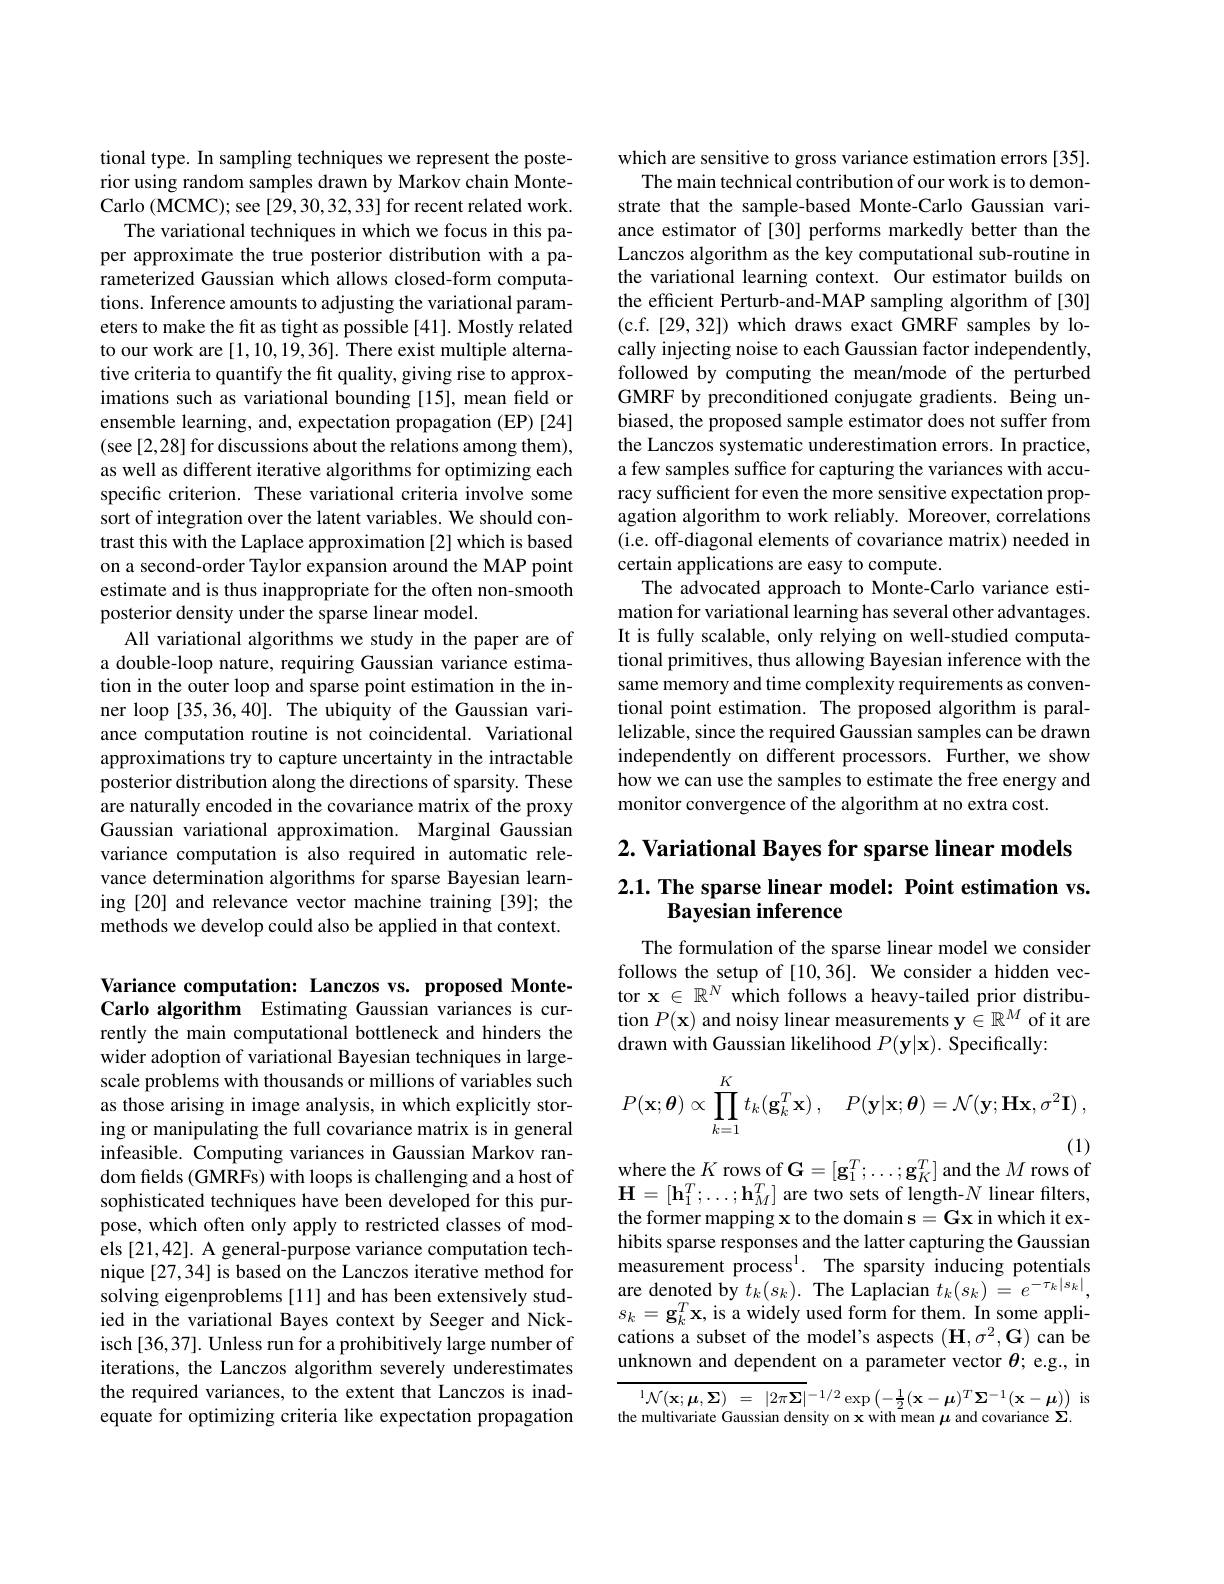
tional type. In sampling techniques we represent the posterior using random samples drawn by Markov chain MonteCarlo (MCMC); see [29,30,32,33] for recent related work.
The variational techniques in which we focus in this paper approximate the true posterior distribution with a parameterized Gaussian which allows closed-form computations. Inference amounts to adjusting the variational parameters to make the fit as tight as possible [41]. Mostly related to our work are [1,10,19,36]. There exist multiple alternative criteria to quantify the fit quality, giving rise to approximations such as variational bounding [15], mean field or ensemble learning, and, expectation propagation (EP)[24] (see [2,28] for discussions about the relations among them), as well as different iterative algorithms for optimizing each specific criterion. These variational criteria involve some sort of integration over the latent variables. We should contrast this with the Laplace approximation [2] which is based on a second-order Taylor expansion around the MAP point estimate and is thus inappropriate for the often non-smooth posterior density under the sparse linear model.
All variational algorithms we study in the paper are of a double-loop nature, requiring Gaussian variance estimation in the outer loop and sparse point estimation in the inner loop [35,36,40]. The ubiquity of the Gaussian variance computation routine is not coincidental. Variational approximations try to capture uncertainty in the intractable posterior distribution along the directions of sparsity. These are naturally encoded in the covariance matrix of the proxy Gaussian variational approximation. Marginal Gaussian variance computation is also required in automatic relevance determination algorithms for sparse Bayesian learning [20] and relevance vector machine training [39]; the methods we develop could also be applied in that context.

Variance computation: Lanczos vs. proposed MonteCarlo algorithm Estimating Gaussian variances is currently the main computational bottleneck and hinders the wider adoption of variational Bayesian techniques in largescale problems with thousands or millions of variables such as those arising in image analysis, in which explicitly storing or manipulating the full covariance matrix is in general infeasible. Computing variances in Gaussian Markov random fields (GMRFs) with loops is challenging and a host of sophisticated techniques have been developed for this purpose, which often only apply to restricted classes of models [21,42]. A general-purpose variance computation technique [27,34] is based on the Lanczos iterative method for solving eigenproblems [11] and has been extensively studied in the variational Bayes context by Seeger and Nickisch [36,37]. Unless run for a prohibitively large number of iterations, the Lanczos algorithm severely underestimates the required variances, to the extent that Lanczos is inadequate for optimizing criteria like expectation propagation

which are sensitive to gross variance estimation errors [35].
The main technical contribution of our work is to demonstrate that the sample-based Monte-Carlo Gaussian variance estimator of [30] performs markedly better than the Lanczos algorithm as the key computational sub-routine in the variational learning context. Our estimator builds on the efficient Perturb-and-MAP sampling algorithm of [30] (c.f.[29,32]) which draws exact GMRF samples by locally injecting noise to each Gaussian factor independently, followed by computing the mean/mode of the perturbed GMRF by preconditioned conjugate gradients. Being unbiased, the proposed sample estimator does not suffer from the Lanczos systematic underestimation errors. In practice, a few samples suffice for capturing the variances with accuracy sufficient for even the more sensitive expectation propagation algorithm to work reliably. Moreover, correlations (i.e. off-diagonal elements of covariance matrix) needed in certain applications are easy to compute.
The advocated approach to Monte-Carlo variance estimation for variational learning has several other advantages. It is fully scalable, only relying on well-studied computational primitives, thus allowing Bayesian inference with the same memory and time complexity requirements as conventional point estimation. The proposed algorithm is parallelizable, since the required Gaussian samples can be drawn independently on different processors. Further, we show how we can use the samples to estimate the free energy and monitor convergence of the algorithm at no extra cost.

## $2. \textbf{ Variational Bayes for sparse linear models}$ $2. 1. \textbf{ The sparse linear model: Point estimation vs. }$ Bayesian inference

The formulation of the sparse linear model we consider follows the setup of [10,36]. We consider a hidden vector $\mathbf{x}\in\mathbb{R}^N$ which follows a heavy-tailed prior distribution $P(\mathbf{x})$ and noisy linear measurements $\mathbf{y}\in\mathbb{R}^M$ of it are drawn with Gaussian likelihood $P(\mathbf{y}|\mathbf{x}).$ Specifically:
$$P(\mathbf{x};\boldsymbol{\theta})\propto\prod\limits_{k=1}^{K}t_{k}(\mathbf{g}_{k}^{T}\mathbf{x})\:,\quad P(\mathbf{y}|\mathbf{x};\boldsymbol{\theta})=\mathcal{N}(\mathbf{y};\mathbf{H}\mathbf{x},\sigma^{2}\mathbf{I})\:,$$
where the $K$ rows of $\mathbf{G}=[\mathbf{g}_1^T;\ldots;\mathbf{g}_K^T]$ and the $M$ rows of

$\mathbf{H}=[\mathbf{h}_{1}^{T};\ldots;\mathbf{h}_{M}^{T}]$ are two sets of length-$N$ linear filters, the former mapping x to the domain s =G$x in which it ex-$ hibits sparse responses and the latter capturing the Gaussian measurement process$^1.$ The sparsity inducing potentials are denoted by $t_k(s_k).$ The Laplacian $t_k(s_k)=e^{-\tau_k|s_k|}$, $s_{k}=\mathbf{g}_{k}^{T}\mathbf{x}$,is a widely used form for them. In some applications a subset of the model's aspects $(\mathbf{H},\sigma^{2},\mathbf{G})$ can be unknown and dependent on a parameter vector $\theta;$ e.g., in

$\begin{array}{rcl}{^{1}\mathcal{N}(\mathbf{x};\mathbf{\mu},\mathbf{\Sigma})\:=\:|2\pi\boldsymbol{\Sigma}|^{-1/2}\exp\left(-\frac{1}{2}(\mathbf{x}-\boldsymbol{\mu})^{T}\boldsymbol{\Sigma}^{-1}(\mathbf{x}-\boldsymbol{\mu})\right)}&{\mathrm{is}}\\{\text{the multivariate Gaussian density on x with mean}\boldsymbol{\mu}}&{\mathrm{and~covariance~}\boldsymbol{\Sigma}.}\end{array}$